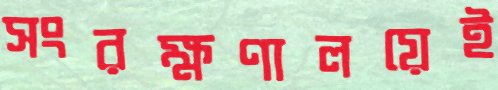
সংরক্ষণালয়েই